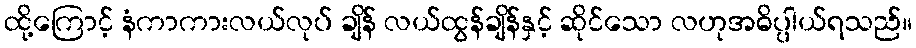
ထို့ကြောင့် နံကာကားလယ်လုပ် ချိန် လယ်ထွန်ချိန်နှင့် ဆိုင်သော လဟုအဓိပ္ပါယ်ရသည်။